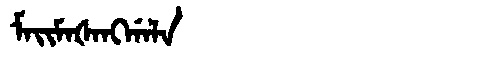
Manchu: ᠮᠠᡳᠮᠠᡧᠠᠩᡤᠠᠯᠠ
Romanization: MAIMAŠANGGALA